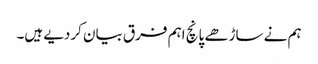
ہم نے ساڑھے پانچ اہم فرق بیان کردیے ہیں۔